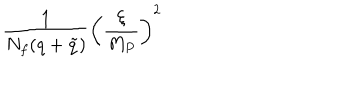
{ \frac { 1 } { N _ { f } ( q + \tilde { q } ) } } \left( { \frac { \xi } { M _ { P } } } \right) ^ { 2 }